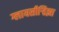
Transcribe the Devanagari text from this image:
ग्लायसीर्‍हिझा